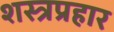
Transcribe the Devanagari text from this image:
शस्त्रप्रहार